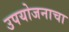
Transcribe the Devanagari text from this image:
उपयोजनाचा